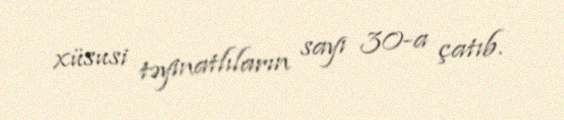
xüsusi təyinatlıların sayı 30-a çatıb.